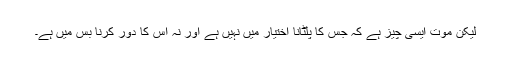
لیکن موت ایسی چیز ہے کہ جس کا پلٹانا اختیار میں نہیں ہے اور نہ اس کا دور کرنا بس میں ہے۔